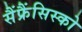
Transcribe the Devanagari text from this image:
सैंफ्रैंसिस्को